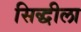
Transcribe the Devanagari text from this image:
सिद्धीला